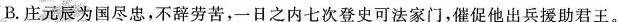
B.庄元辰为国尽忠，不辞劳苦，一日之内七次登史可法家门，催促他出兵援助君王。